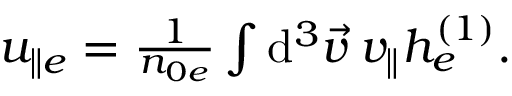
\begin{array} { r } { u _ { \parallel e } = \frac { 1 } { n _ { 0 e } } \int \mathrm { d } ^ { 3 } \vec { v } \: v _ { \parallel } h _ { e } ^ { ( 1 ) } . } \end{array}